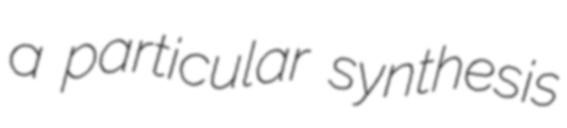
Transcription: a particular synthesis